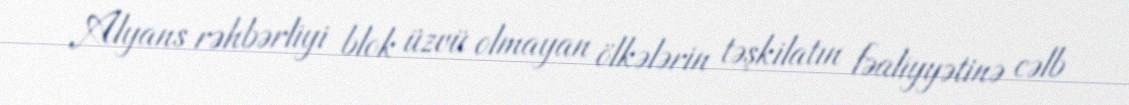
Alyans rəhbərliyi blok üzvü olmayan ölkələrin təşkilatın fəaliyyətinə cəlb